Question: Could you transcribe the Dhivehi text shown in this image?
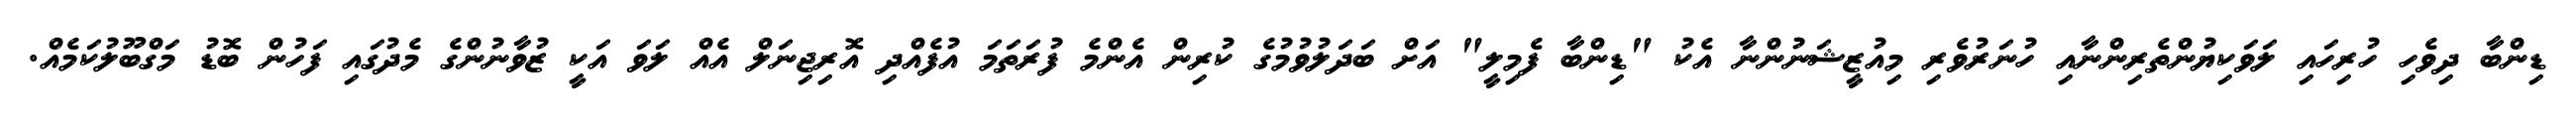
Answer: ޑިންބާ ދިވެހި ހުރިހައި ލަވަކިޔުންތެރިންނާއި ހުނަރުވެރި މިއުޒީޝަނުންނާ އެކު "ޑިންބާ ފެމިލީ" އަށް ބަދަލުވުމުގެ ކުރިން އެންމެ ފުރަތަމަ އުފެއްދި އޮރިޖިނަލް އެއް ލަވަ އަކީ ޒުވާނުންގެ މެދުގައި ފަހުން ބޮޑު މަގްބޫލުކަމެއް.